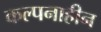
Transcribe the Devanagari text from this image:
कल्पनाहीन